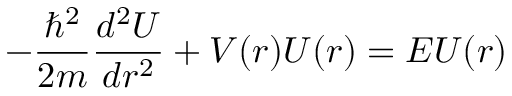
- { \frac { \hbar ^ { 2 } } { 2 m } } { \frac { d ^ { 2 } U } { d r ^ { 2 } } } + V ( r ) U ( r ) = E U ( r )